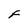
Character: F